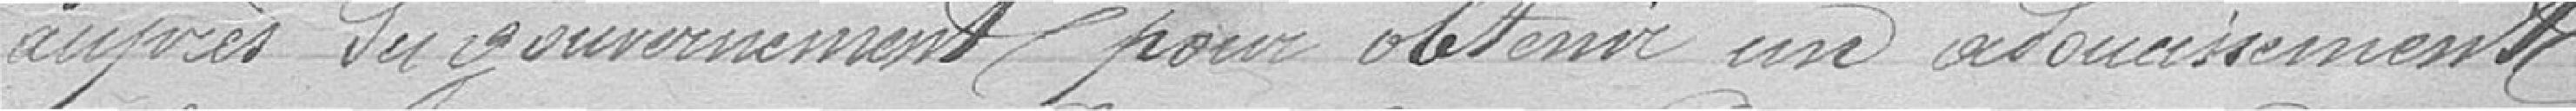
auprès du gouvernement pour obtenir un adoucissement